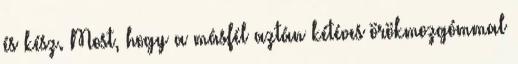
és kész. Most, hogy a másfél aztán kétéves örökmozgómmal